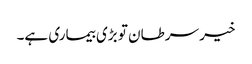
خیر سرطان تو بڑی بیماری ہے۔